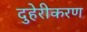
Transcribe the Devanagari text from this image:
दुहेरीकरण